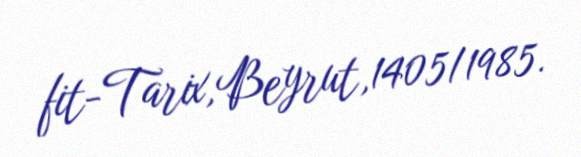
fit-Tarix,Beyrut,1405/1985.